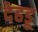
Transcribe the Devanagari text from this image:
देहडू